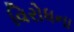
વિરોધના